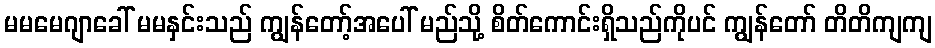
မမမေဂျာခေါ် မမနှင်းသည် ကျွန်တော့်အပေါ် မည်သို့ စိတ်ကောင်းရှိသည်ကိုပင် ကျွန်တော် တိတိကျကျ